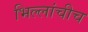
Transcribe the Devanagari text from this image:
भिल्लांचीच